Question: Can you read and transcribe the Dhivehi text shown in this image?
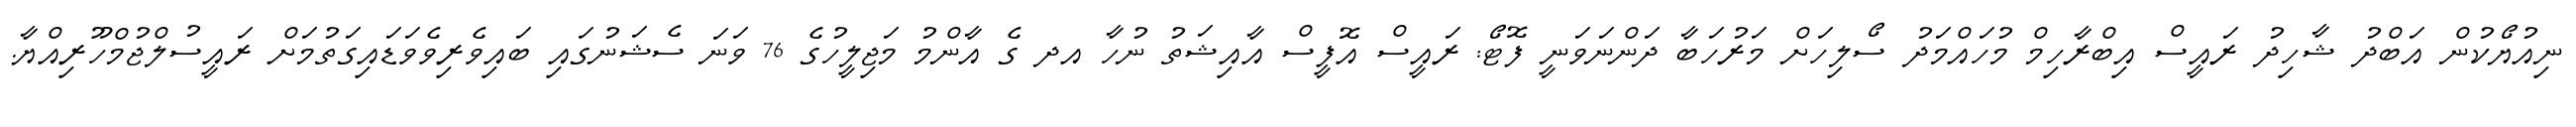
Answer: ނިއުޔޯކުން އަބްދު ޝާހިދު ރައީސް އިބްރާހިމް މުހައްމަދު ސޯލިހަށް މަރުހަބާ ދަންނަވަނީ ފޮޓޯ: ރައީސް އޮފީސް އާއިޝަތު ނުހާ އދ ގެ އާންމު މަޖިލީހުގެ 76 ވަނަ ސެޝަނުގައި ބައިވެރިވެވަޑައިގަތުމަށް ރައީސުލްޖުމްހޫރިއްޔާ.